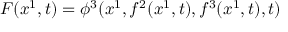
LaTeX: F ( x ^ { 1 } , t ) = \phi ^ { 3 } ( x ^ { 1 } , f ^ { 2 } ( x ^ { 1 } , t ) , f ^ { 3 } ( x ^ { 1 } , t ) , t )